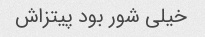
خیلی شور بود پیتزاش